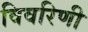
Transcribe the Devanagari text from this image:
विवरिणी